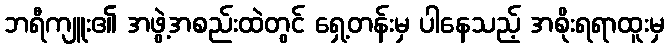
ဘရီကျူး၏ အဖွဲ့အစည်းထဲတွင် ရှေ့တန်းမှ ပါနေသည့် အစိုးရရာထူးမှ